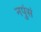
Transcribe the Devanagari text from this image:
नपुंसं